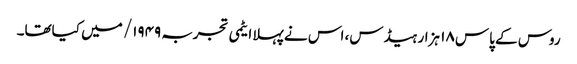
روس کے پاس ۱۸ ہزار ہیڈس، اس نے پہلا ایٹمی تجربہ ۱۹۴۹/ میں کیاتھا۔